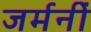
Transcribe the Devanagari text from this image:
जर्मनीं